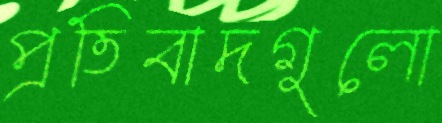
প্রতিবাদগুলো